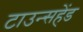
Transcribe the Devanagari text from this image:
टाउन्सहेंड